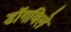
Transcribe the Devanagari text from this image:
डॉगविले